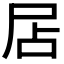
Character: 𡱇